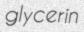
glycerin